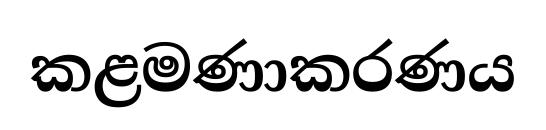
කළමණාකරණය